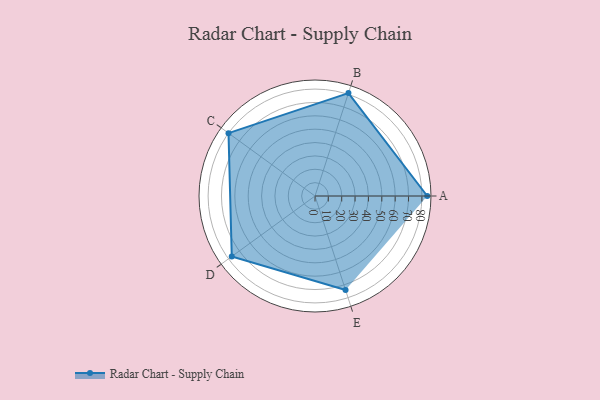
{"axis": {"x": "Skill", "y": "Score"}, "legend": ["Profile"], "data": [{"x": "A", "y": 84.0, "type": "Profile"}, {"x": "B", "y": 81.0, "type": "Profile"}, {"x": "C", "y": 80.0, "type": "Profile"}, {"x": "D", "y": 77.0, "type": "Profile"}, {"x": "E", "y": 74.0, "type": "Profile"}]}